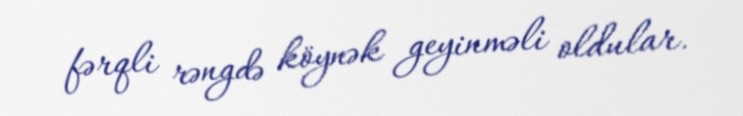
fərqli rəngdə köynək geyinməli oldular.